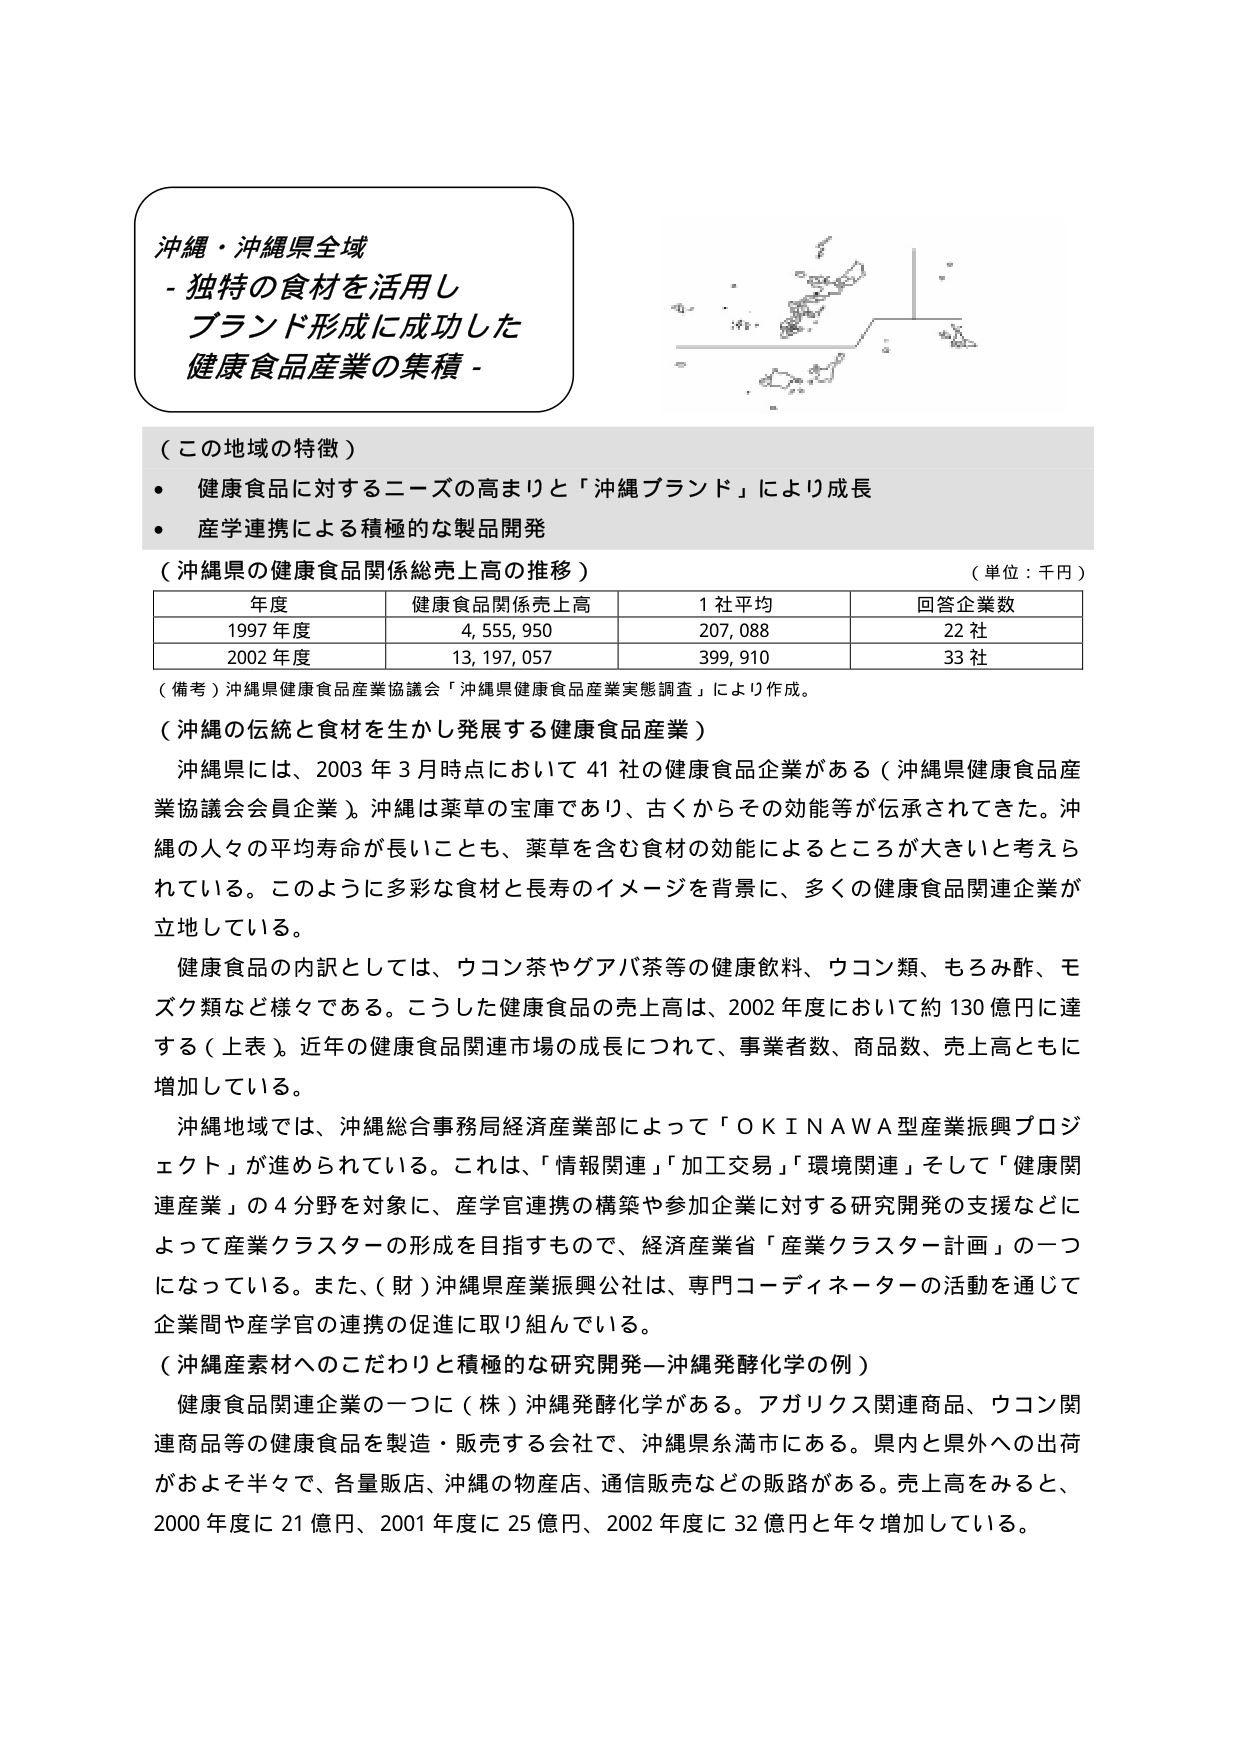
沖縄・沖縄県全域
- 独特の食材を活用し
ブランド形成に成功した
健康食品産業の集積 -

（この地域の特徴）
・ 健康食品に対するニーズの高まりと「沖縄ブランド」により成長
・ 産学連携による積極的な製品開発

（沖縄県の健康食品関係総売上高の推移）
（単位：千円）
年度　　　　　健康食品関係売上高　　　1社平均　　　　回答企業数
1997年度　　　4,555,950　　　　　　　207,088　　　　22社
2002年度　　　13,197,057　　　　　　　399,910　　　　33社

（備考）沖縄県健康食品産業協議会「沖縄県健康食品産業実態調査」により作成。

（沖縄の伝統と食材を生かし発展する健康食品産業）
沖縄県には、2003年3月時点において41社の健康食品企業がある（沖縄県健康食品産業協議会会員企業）。沖縄は薬草の宝庫であり、古くからその効能等が伝承されてきた。沖縄の人々の平均寿命が長いことも、薬草を含む食材の効能によるところが大きいと考えられている。このように多彩な食材と長寿のイメージを背景に、多くの健康食品関連企業が立地している。

健康食品の内訳としては、ウコン茶やゲアバ茶等の健康飲料、ウコン類、もろみ酢、モズク類など様々である。こうした健康食品の売上高は、2002年度において約130億円に達する（上表）。近年の健康食品関連市場の成長につれて、事業者数、商品数、売上高ともに増加している。

沖縄地域では、沖縄総合事務局経済産業部によって「ＯＫＩＮＡＷＡ型産業振興プロジェクト」が進められている。これは、「情報関連」「加工交易」「環境関連」そして「健康関連産業」の4分野を対象に、産学官連携の構築や参加企業に対する研究開発の支援などによって産業クラスターの形成を目指すもので、経済産業省「産業クラスター計画」の一つになっている。また、（財）沖縄県産業振興公社は、専門コーディネーターの活動を通じて企業間や産学官の連携の促進に取り組んでいる。

（沖縄産素材へのこだわりと積極的な研究開発―沖縄発酵化学の例）
健康食品関連企業の一つに（株）沖縄発酵化学がある。アガリクス関連商品、ウコン関連商品等の健康食品を製造・販売する会社で、沖縄県糸満市にある。県内と県外への出荷がおよそ半々で、各量販店、沖縄の物産店、通信販売などの販路がある。売上高をみると、2000年度に21億円、2001年度に25億円、2002年度に32億円と年々増加している。